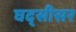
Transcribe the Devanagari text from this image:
घद्सीसर